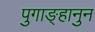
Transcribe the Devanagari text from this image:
पुगाङ्हानुन